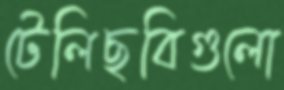
টেলিছবিগুলো